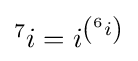
{\textstyle {}^{7}i=i^{\left({}^{6}i\right)}}